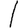
Digit: 1